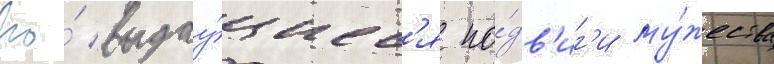
Но́ выдау́щиес'я по́дв'иг'и му́жества